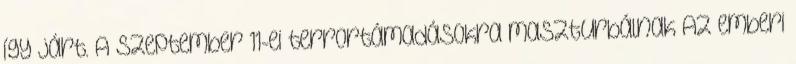
így járt. A szeptember 11-ei terrortámadásokra maszturbálnak Az emberi